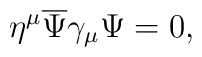
\eta^{\mu}{\overline \Psi}\gamma_{\mu}\Psi=0,